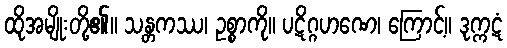
ထိုအမျိုးတို့၏။ သန္တကဿ၊ ဥစ္စာကို။ ပဋိဂ္ဂဟဏေ၊ ကြောင့်။ ဒုက္ကဋံ